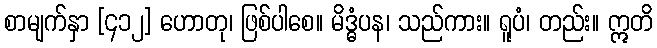
စာမျက်နှာ [၄၁၂] ဟောတု၊ ဖြစ်ပါစေ။ မိဒ္ဓံပန၊ သည်ကား။ ရူပံ၊ တည်း။ ဣတိ